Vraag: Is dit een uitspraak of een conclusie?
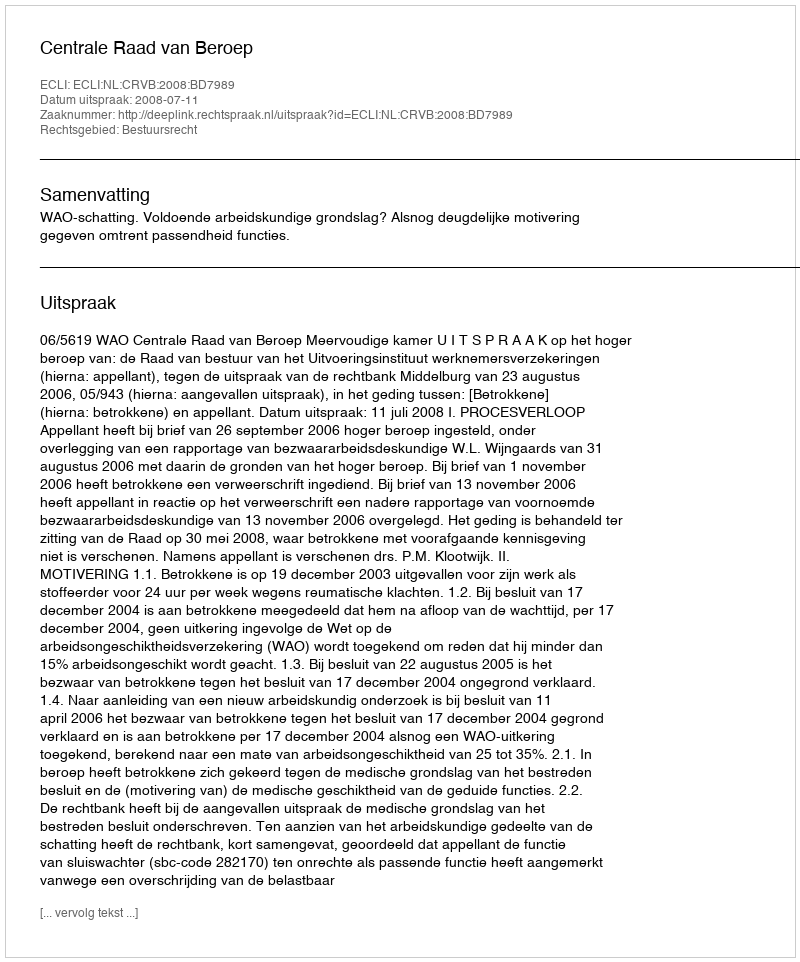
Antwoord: Uitspraak